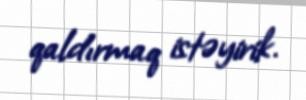
qaldırmaq istəyirik.